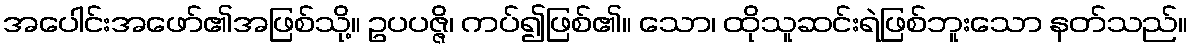
အပေါင်းအဖော်၏အဖြစ်သို့။ ဥပပဇ္ဇိ၊ ကပ်၍ဖြစ်၏။ သော၊ ထိုသူဆင်းရဲဖြစ်ဘူးသော နတ်သည်။